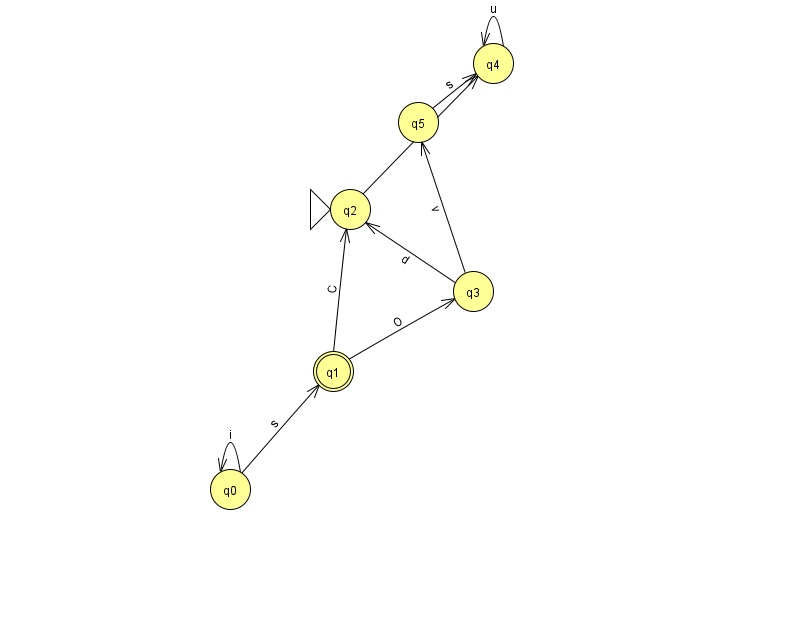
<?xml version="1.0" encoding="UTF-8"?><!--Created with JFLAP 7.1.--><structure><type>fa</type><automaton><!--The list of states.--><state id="0" name="q0"><x>230.0</x><y>476.0</y></state><state id="1" name="q1"><x>333.0</x><y>358.0</y><final/></state><state id="2" name="q2"><x>350.0</x><y>196.0</y><initial/></state><state id="3" name="q3"><x>473.0</x><y>278.0</y></state><state id="4" name="q4"><x>493.0</x><y>50.0</y></state><state id="5" name="q5"><x>418.0</x><y>109.0</y></state><!--The list of transitions.--><transition><from>3</from><to>5</to><read>v</read></transition><transition><from>4</from><to>4</to><read>u</read></transition><transition><from>5</from><to>4</to><read>s</read></transition><transition><from>2</from><to>4</to><read>T</read></transition><transition><from>3</from><to>2</to><read>d</read></transition><transition><from>1</from><to>3</to><read>O</read></transition><transition><from>0</from><to>0</to><read>i</read></transition><transition><from>1</from><to>2</to><read>C</read></transition><transition><from>0</from><to>1</to><read>s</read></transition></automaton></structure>